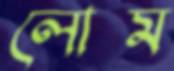
লোম